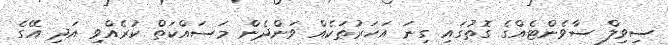
ސިވިލް ސާވެންޓެއްގެ ގޮތުގައި ގިނަ އަހަރުތަކެއް ވަންދެން މަސައްކަތް ކުރެއްވި އަދި އޭގެ